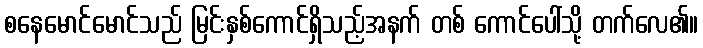
စနေမောင်မောင်သည် မြင်းနှစ်ကောင်ရှိသည့်အနက် တစ် ကောင်ပေါ်သို့ တက်လေ၏။